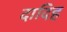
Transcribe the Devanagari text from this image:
दादिह